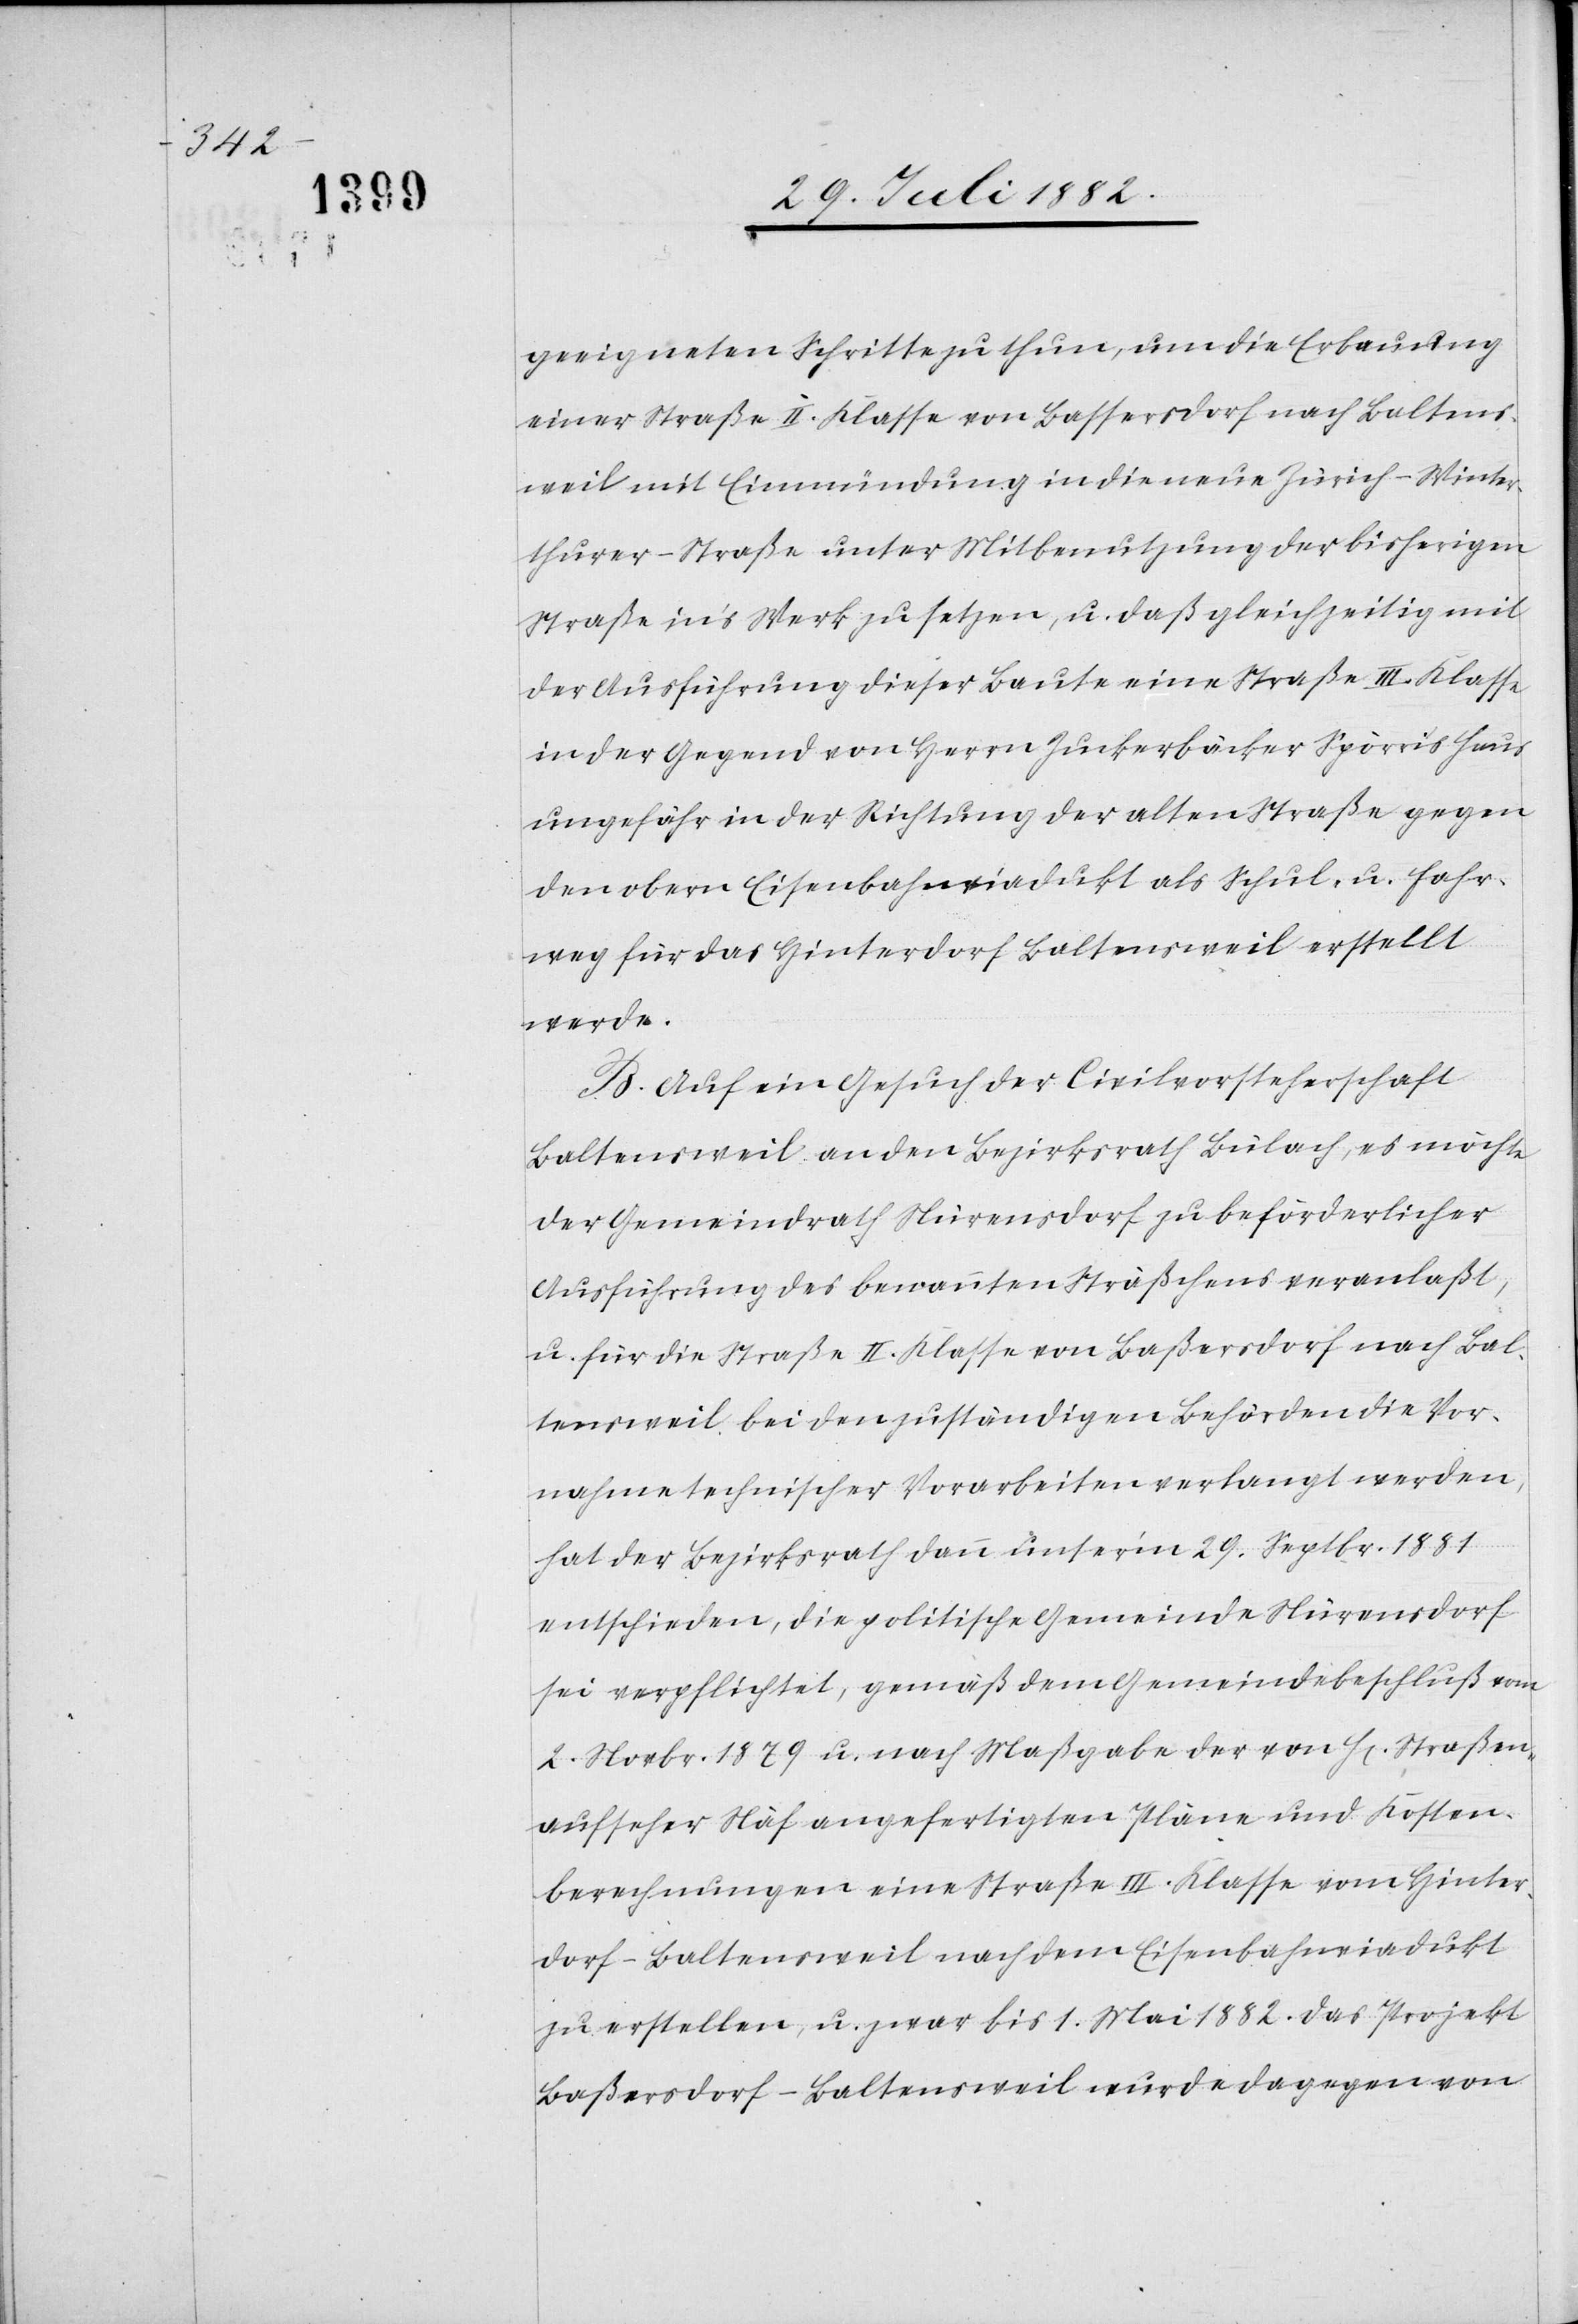
geeigneten Schritte zu thun, um die Erbauung
einer Straße II. Klasse von Bassersdorf nach Baltens¬
weil mit Einmündung in die neue Zürich–Winter¬
thurer-Straße unter Mitbenutzung der bisherigen
Straße in’s Werk zu setzen, u. daß gleichzeitig mit
der Ausführung dieser Baute eine Straße III. Klasse
in der Gegen von Herrn Zuckerbäcker Spörri’s Haus
ungefähr in der Richtung der alten Straße gegen
den obern Eisenbahnviadukt als Schul- u. Fahr¬
weg für das Hinterdorf Baltensweil erstellt
werde.
B. Auf ein Gesuch der Civilvorsteherschaft
Baltensweil an den Bezirksrath Bülach, es möchte
der Gemeindrath Nürensdorf zu beförderlicher
Ausführung des benannten Sträßchens veranlaßt,
u. für die Straße II. Klasse von Baßersdorf nach Bal¬
tensweil bei den zuständigen Behörden die Vor¬
nahme technischer Vorarbeiten verlangt werden,
hat der Bezirksrath dann unter’m 29. Septbr. 1881
entschieden, die politische Gemeinde Nürensdorf
sei verpflichtet, gemäß dem Gemeindebeschluß vom
2. Novbr. 1879 u. nach Maßgabe der von H[en] Straßen¬
aufseher Näf angefertigten Pläne und Kosten¬
berechnungen eine Straße III. Klasse vom Hinter¬
dorf - Baltensweil nach dem Eisenbahnviadukt
zu erstellen, u. zwar bis 1. Mai 1882. Das Projekt
Baßersdorf–Baltensweil wurde dagegen von